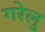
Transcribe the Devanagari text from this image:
गरेलु